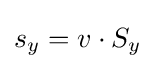
s_{y}=v\cdot S_{y}